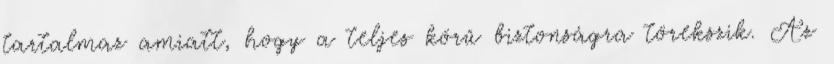
tartalmaz amiatt, hogy a teljes körű biztonságra törekszik. Az